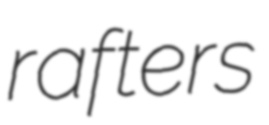
rafters